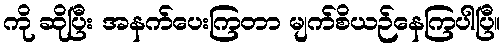
ကို ဆိုပြီး အနက်ပေးကြတာ မျက်စိယဉ်နေကြပါပြီ။